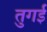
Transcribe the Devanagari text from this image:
तुगई